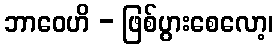
ဘာဝေဟိ - ဖြစ်ပွားစေလော့၊